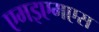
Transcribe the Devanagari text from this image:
एमइएमएस